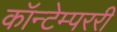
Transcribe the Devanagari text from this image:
कॉन्टेम्पररी